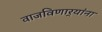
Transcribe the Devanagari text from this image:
वाजविणार्‍यांना